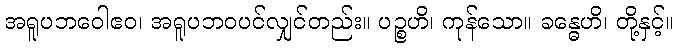
အရူပဘဝေါဧဝ၊ အရူပဘဝပင်လျှင်တည်း။ ပဉ္စဟိ၊ ကုန်သော။ ခန္ဓေဟိ၊ တို့နှင့်။